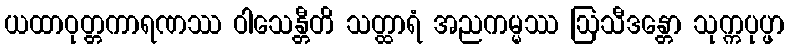
ယထာဝုတ္တကာရဏဿ ဝါသေန္တီတိ သတ္ထာရံ အညကမ္မဿ ဩသီဒန္တော သုက္ကပုပ္ဖာ